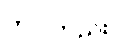
တပါတည်း